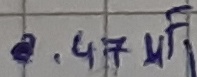
Text: 0.47µF